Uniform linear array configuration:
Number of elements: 48
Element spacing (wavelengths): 1
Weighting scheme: hann
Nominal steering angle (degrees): -15
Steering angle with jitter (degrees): -16.801
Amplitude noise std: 0.05
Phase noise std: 0.05

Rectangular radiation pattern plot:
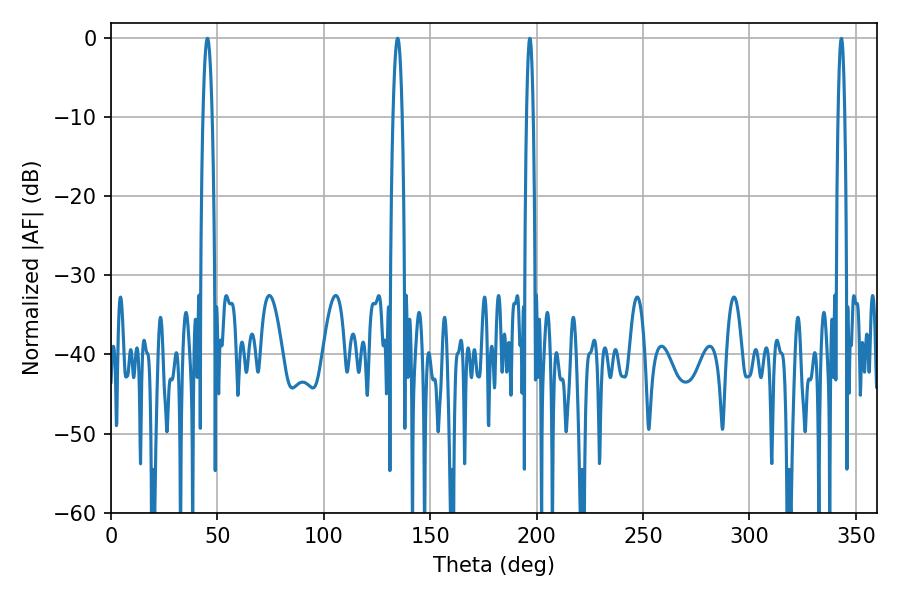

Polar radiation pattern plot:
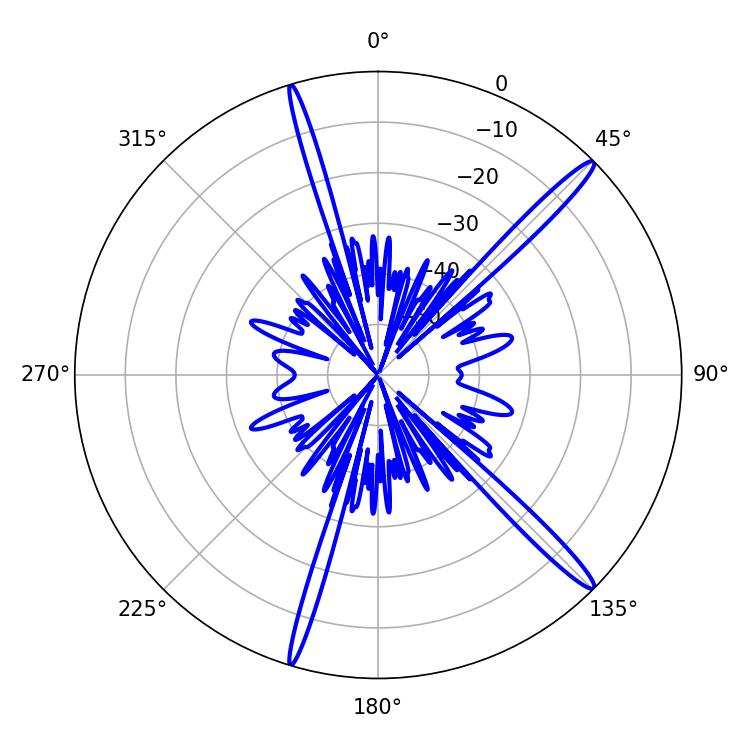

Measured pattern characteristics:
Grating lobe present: TRUE
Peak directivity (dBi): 16.432
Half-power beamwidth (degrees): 2.34
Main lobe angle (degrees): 45.36